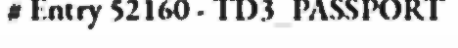
# Entry 52160 - TD3_PASSPORT